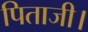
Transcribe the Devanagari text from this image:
पिताजी।